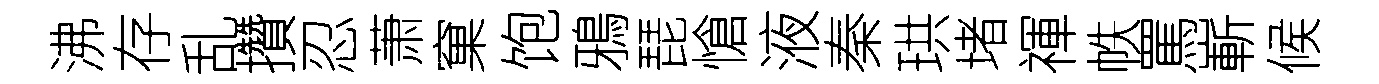
沸存乱攢忍萧窠饱鴉琵愴液秦珙堵禈帙罵嶄候